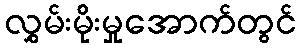
လွှမ်းမိုးမှုအောက်တွင်